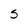
Character: 5